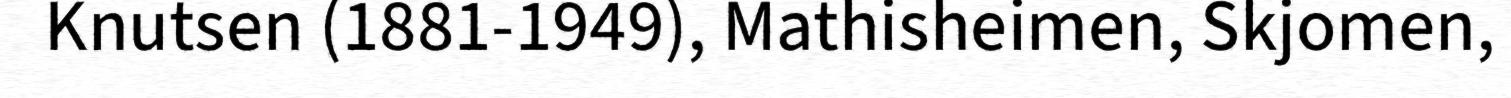
Knutsen (1881-1949), Mathisheimen, Skjomen,